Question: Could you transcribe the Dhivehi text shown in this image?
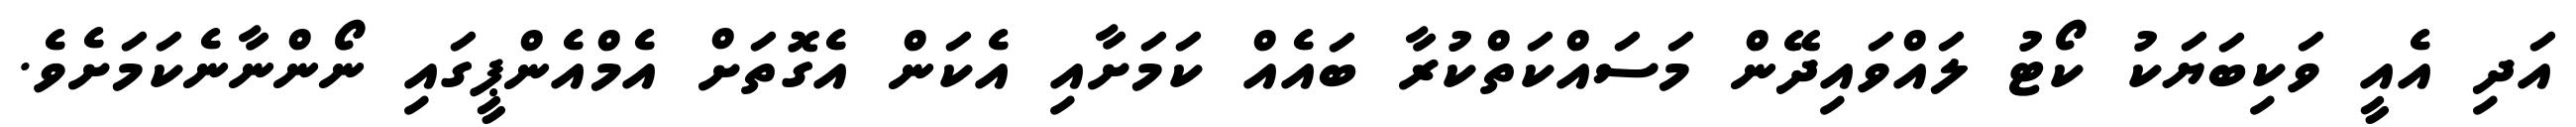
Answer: އަދި އެއީ ވަކިބަޔަކު ކޯޓު ލައްވައިދޭން މަސައްކަތްކުރާ ބައެއް ކަމަށާއި އެކަން އެގޮތަށް އެމްއެންޕީގައި ނޯންނާނެކަމަށެވެ.